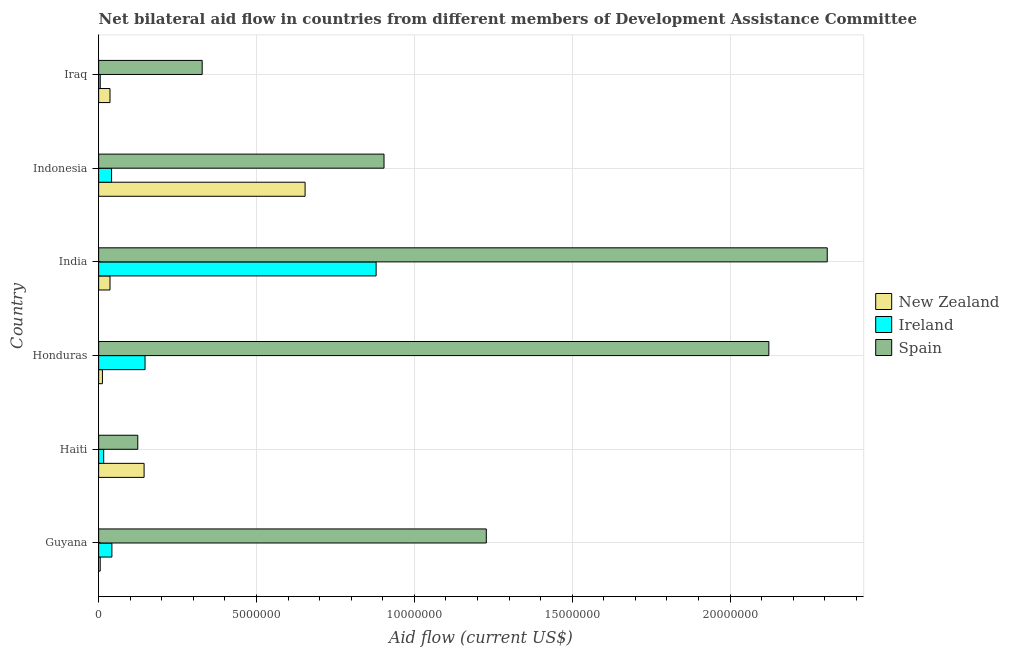
| Country | New Zealand | Ireland | Spain |
 | --- | --- | --- | --- |
 | Guyana | 5e+04 | 4.2e+05 | 1.23e+07 |
 | Haiti | 1.44e+06 | 1.6e+05 | 1.24e+06 |
 | Honduras | 1.2e+05 | 1.47e+06 | 2.12e+07 |
 | India | 3.6e+05 | 8.79e+06 | 2.31e+07 |
 | Indonesia | 6.54e+06 | 4.1e+05 | 9.04e+06 |
 | Iraq | 3.6e+05 | 5e+04 | 3.28e+06 |